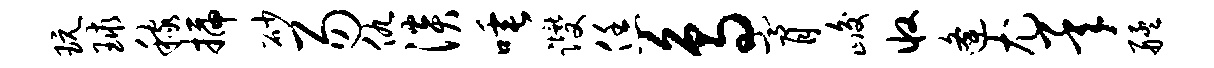
玩球稼插砂易仇淡唾躞恁鸟膏峻收逄尤承艋